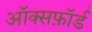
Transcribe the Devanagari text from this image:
ऑक्सफ़ॉर्ड